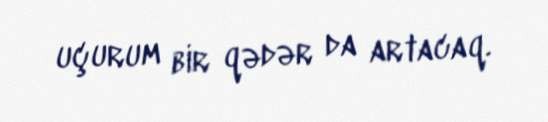
uçurum bir qədər da artacaq.